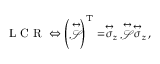
\mathrm { ~ L ~ C ~ R ~ } \Leftrightarrow \left( \stackrel { \leftrightarrow } { \mathcal { S } } \right) ^ { \mathrm { T } } = \stackrel { \leftrightarrow } { \sigma } _ { z } \, \stackrel { \leftrightarrow } { \mathcal { S } } \, \stackrel { \leftrightarrow } { \sigma } _ { z } \, ,